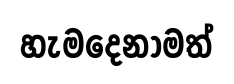
හැමදෙනාමත්